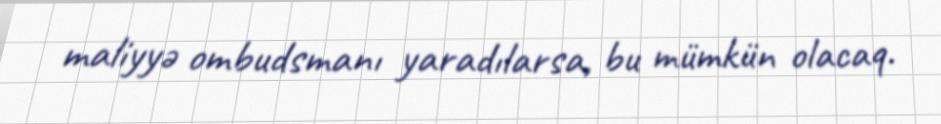
maliyyə ombudsmanı yaradılarsa, bu mümkün olacaq.